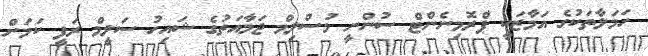
ހަމަލާތަކުގެ އަމާޒަކީ ޕްރޮމިނެންޓް ސުންނީ މުސްލިމް ޖަމާއަތުގެ ޝައިހު ސަލީމް ރަފީ ކަމަށް